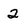
Character: 2